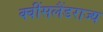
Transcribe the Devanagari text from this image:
क्वींसलैंडराज्य